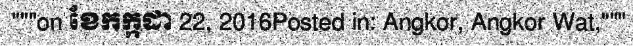
"""on ខែកក្កដា 22, 2016Posted in: Angkor, Angkor Wat,"""